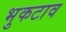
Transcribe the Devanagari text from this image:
भुकटाव